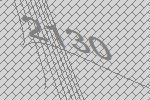
2130